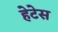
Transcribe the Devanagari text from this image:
हेटेस